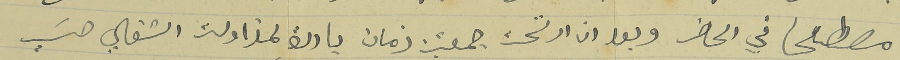
مصطلحا في الحاضر وبعد ان ارتحت جمعتين زمان بادرة لمزاولة اشغالي حسَب